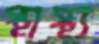
স্থাস্থ্য